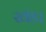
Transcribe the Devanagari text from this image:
खंड।